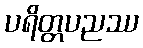
ပရိတ္တပညဿ